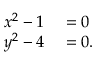
\begin{array} { r l } { x ^ { 2 } - 1 } & { { } = 0 } \\ { y ^ { 2 } - 4 } & { { } = 0 . } \end{array}